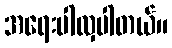
အရေးပါလှပါတယ်။